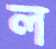
ল